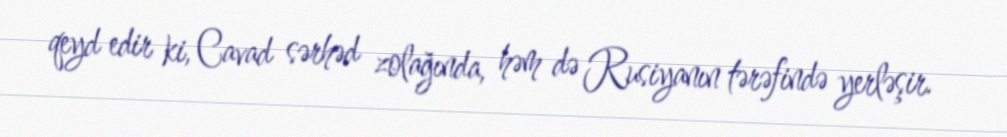
qeyd edir ki, Cavad sərhəd zolağında, həm də Rusiyanın tərəfində yerləşir.